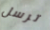
ترسل